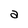
Character: a